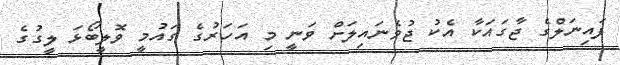
ފައިނަލްގެ ޖާގައަކާ އެކު ޖުވެނައިލަށް ވަނީ މި އަހަރުގެ ގައުމީ ވޮލީބޯޅަ ލީގުގެ